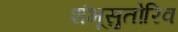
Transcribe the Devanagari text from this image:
शंभूसुतोरिव